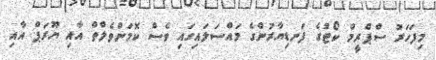
މިފަހަރު ސްޕްރީމް ކޯޓުގެ ފަނޑިޔާރުންގެ މައްސަލައިގައި ވެސް ކޮމަންވެލްތް އާއި ޔޫރަޕް އާއި